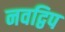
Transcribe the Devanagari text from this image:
नवद्विप